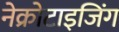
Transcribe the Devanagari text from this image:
नेक्रोटाइजिंग